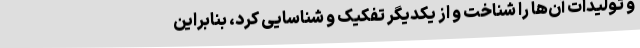
و تولیدات آن‌ها را شناخت و از یکدیگر تفکیک و شناسایی کرد، بنابراین